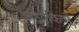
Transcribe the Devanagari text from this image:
अनिवेकियों